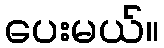
ပေးမယ်။